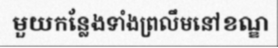
មួយកន្លែងទាំងព្រលឹមនៅខណ្ឌ